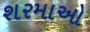
શરમાઓ